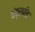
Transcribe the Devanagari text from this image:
चंद्रापीड